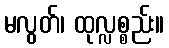
မလွတ်၊ ထုလ္လစ္စည်း။